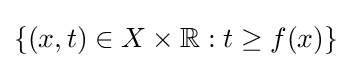
\{(x,t)\in X\times \mathbb {R} :t\geq f(x)\}